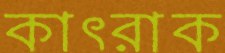
কাৎরাক